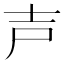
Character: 𡔜